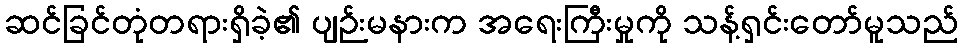
ဆင်ခြင်တုံတရားရှိခဲ့၏ ပျဉ်းမနားက အရေးကြီးမှုကို သန့်ရှင်းတော်မူသည်